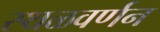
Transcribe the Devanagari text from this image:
स्थळवर्णन